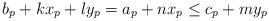
LaTeX: \begin{align*}b_p+kx_p+ly_p = a_p+nx_p \leq c_p+my_p\end{align*}